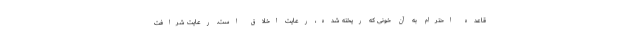
قاعده‌ احترام به آن خونی که ریخته شده،‌ رعایت اخلاق است. رعایت شرافت